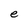
Character: e